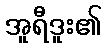
အူရီဒူး၏